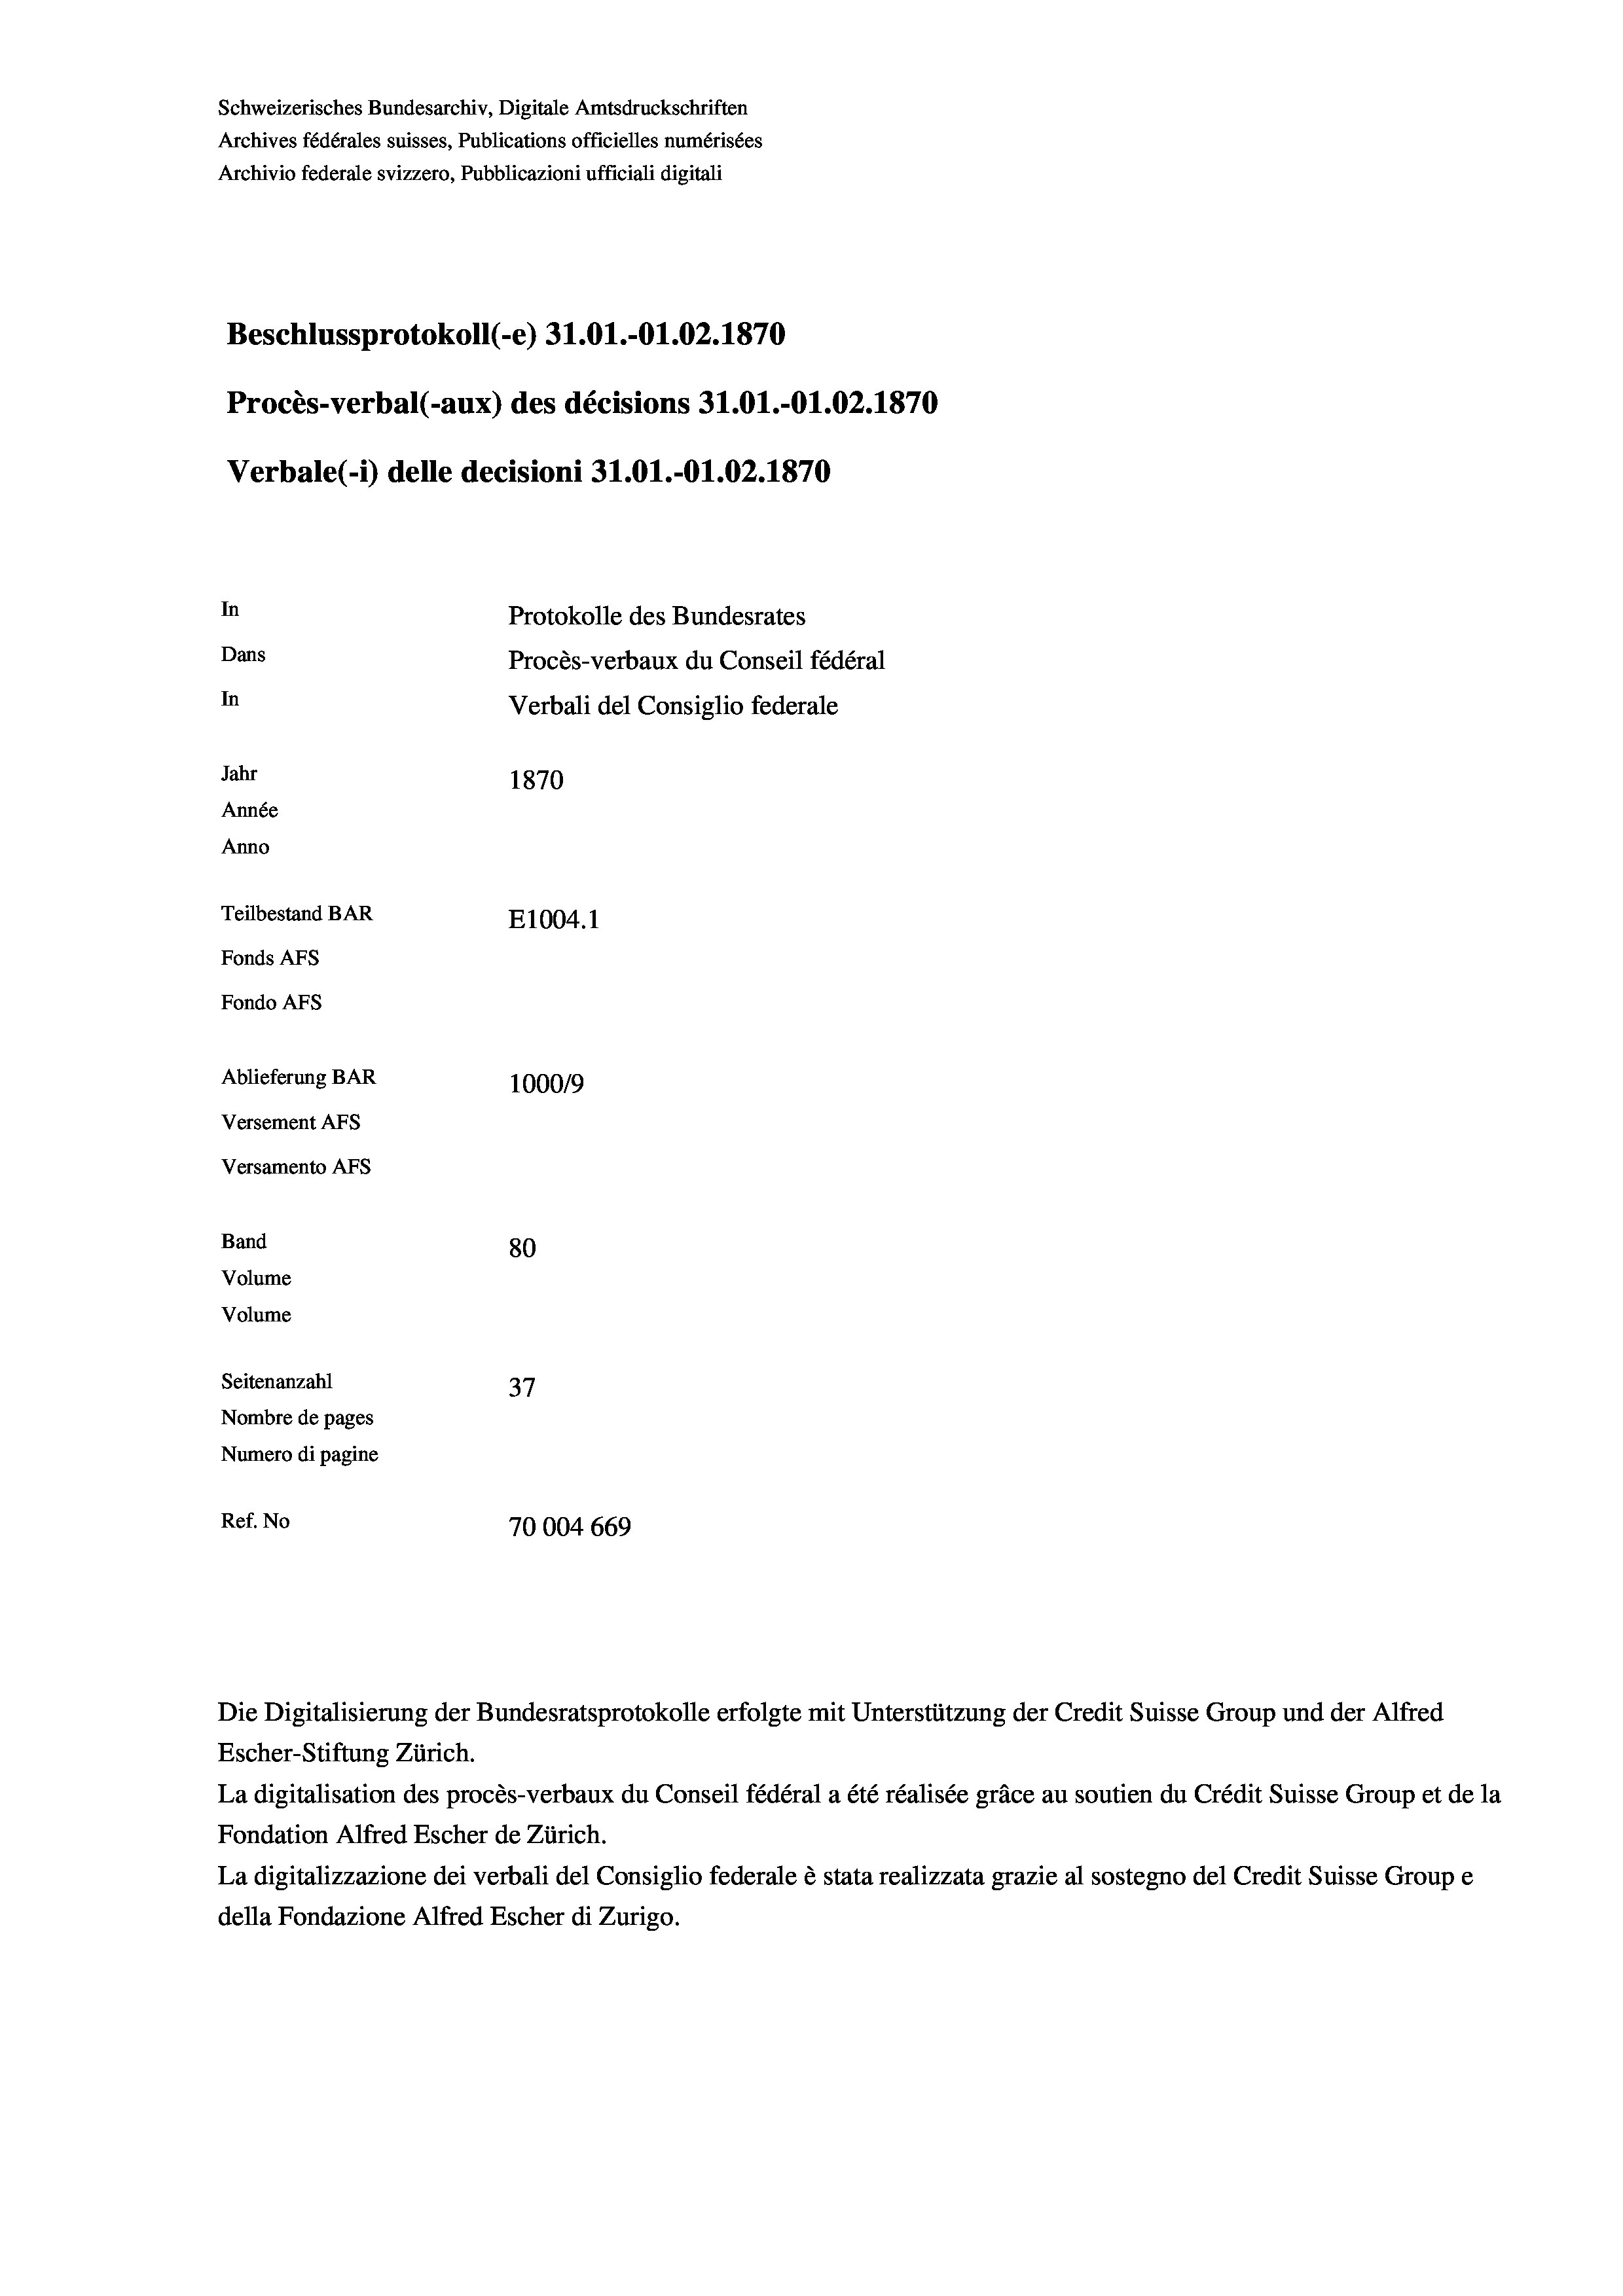
Schweizerisches Bundesarchiv, Digitale Amtsdruckschriften
Archives fédérales suisses, Publications officielles numérisées
Archivio federale svizzero, Pubblicazioni ufficiali digitali
Beschlussprotokoll (-e) 31.01.-O1.02. 1870
Procès-verbal (-aux) des décisions 31.01.-O1.02. 1870
Verbale (- 1) delle decisioni 31.01.-Ol.02. 1870
In
Protokolle des Bundesrates
Dans
Procès-verbaux du Conseil fédéral
In
Verbali del Consiglio federale
Jahr
1870
Année
Anno
Teilbestand BAR
E1004. 1
Fonds AFs
Fondo Afs
Ablieferung BAR
100019
Versement AFs
Versamento AFs

80
Seitenanzahl
37
Nombre de pages
Numero di pagine
Ref. No
70004 669

Band
Volume

Volume

Escher-Stiftung Zürich.
La digitalisation des procès-verbaux du Conseil fédéral a été réalisée gräce au soutien du Crédit Suisse Group et de la
Fondation Alfred Escher de Zürich.
La digitalizzazione dei verbali del Consiglio federale è stata realizzata grazie al sostegno del Credit Suisse Groupe
della Fondazione Alfred Escher di Zurigo.

Die Digitalisierung der Bundesratsprotokolle erfolgte mit Unterstützung der Credit Suisse Group und der Alfred